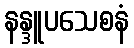
နန္ဒူပသေစနံ